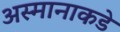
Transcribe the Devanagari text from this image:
अस्मानाकडे